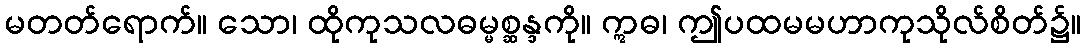
မတတ်ရောက်။ သော၊ ထိုကုသလဓမ္မစ္ဆန္ဒကို။ ဣဓ၊ ဤပထမမဟာကုသိုလ်စိတ်၌။